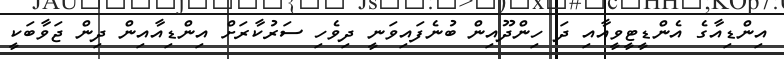
އިންޑިއާގެ އެންޑީޓީވީއާއި ދަ ހިންދޫއިން ބުނެފައިވަނީ ދިވެހި ސަރުކާރަށް އިންޑިއާއިން ދިން ޖަވާބަކީ